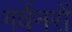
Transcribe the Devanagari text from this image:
गर्वनरों